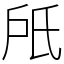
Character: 𣱆